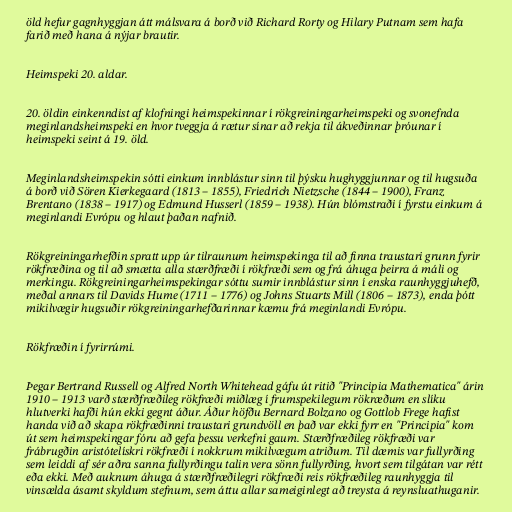
öld hefur gagnhyggjan átt málsvara á borð við Richard Rorty og Hilary Putnam sem hafa
farið með hana á nýjar brautir.

Heimspeki 20. aldar.

20. öldin einkenndist af klofningi heimspekinnar í rökgreiningarheimspeki og svonefnda
meginlandsheimspeki en hvor tveggja á rætur sínar að rekja til ákveðinnar þróunar í
heimspeki seint á 19. öld.

Meginlandsheimspekin sótti einkum innblástur sinn til þýsku hughyggjunnar og til hugsuða
á borð við Sören Kierkegaard (1813 – 1855), Friedrich Nietzsche (1844 – 1900), Franz
Brentano (1838 – 1917) og Edmund Husserl (1859 – 1938). Hún blómstraði í fyrstu einkum á
meginlandi Evrópu og hlaut þaðan nafnið.

Rökgreiningarhefðin spratt upp úr tilraunum heimspekinga til að finna traustari grunn fyrir
rökfræðina og til að smætta alla stærðfræði í rökfræði sem og frá áhuga þeirra á máli og
merkingu. Rökgreiningarheimspekingar sóttu sumir innblástur sinn í enska raunhyggjuhefð,
meðal annars til Davids Hume (1711 – 1776) og Johns Stuarts Mill (1806 – 1873), enda þótt
mikilvægir hugsuðir rökgreiningarhefðarinnar kæmu frá meginlandi Evrópu.

Rökfræðin í fyrirrúmi.

Þegar Bertrand Russell og Alfred North Whitehead gáfu út ritið "Principia Mathematica" árin
1910 – 1913 varð stærðfræðileg rökfræði miðlæg í frumspekilegum rökræðum en slíku
hlutverki hafði hún ekki gegnt áður. Áður höfðu Bernard Bolzano og Gottlob Frege hafist
handa við að skapa rökfræðinni traustari grundvöll en það var ekki fyrr en "Principia" kom
út sem heimspekingar fóru að gefa þessu verkefni gaum. Stærðfræðileg rökfræði var
frábrugðin aristótelískri rökfræði í nokkrum mikilvægum atriðum. Til dæmis var fullyrðing
sem leiddi af sér aðra sanna fullyrðingu talin vera sönn fullyrðing, hvort sem tilgátan var rétt
eða ekki. Með auknum áhuga á stærðfræðilegri rökfræði reis rökfræðileg raunhyggja til
vinsælda ásamt skyldum stefnum, sem áttu allar sameiginlegt að treysta á reynsluathuganir.